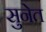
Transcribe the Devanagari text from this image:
सुनेत